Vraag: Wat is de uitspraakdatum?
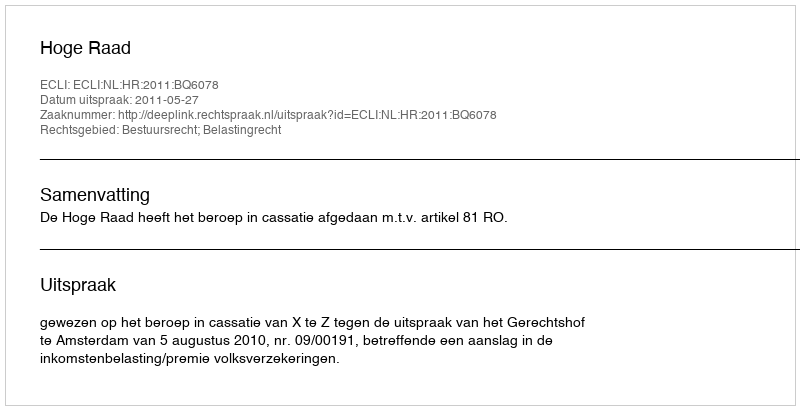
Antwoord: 2011-05-27